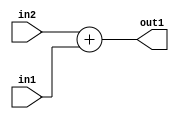
`timescale 1ps / 1ps
/*****************************************************************************
    Verilog RTL Description
    
    
    Created by: Stratus DpOpt 2019.1.01 
*******************************************************************************/

module SobelFilter_Add_19Sx17U_19U_1 (
	in2,
	in1,
	out1
	); /* architecture "behavioural" */ 
input [18:0] in2;
input [16:0] in1;
output [18:0] out1;
wire [18:0] asc001;

assign asc001 = 
	+(in2)
	+(in1);

assign out1 = asc001;
endmodule

/* CADENCE  ubH3Qww= : u9/ySgnWtBlWxVPRXgAZ4Og= ** DO NOT EDIT THIS LINE ******/